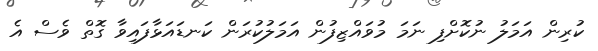
ކުރިން އަމަލު ނުކޮށްފި ނަމަ މުވައްޒިފުން އަމަލުކުރަން ކަނޑައަޅާފައިވާ ގޮތް ވެސް އެ